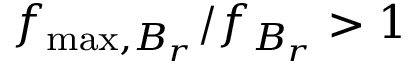
f _ { \mathrm { m a x } , B _ { r } } / f _ { B _ { r } } > 1